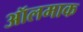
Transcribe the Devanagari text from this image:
ऑलमाक